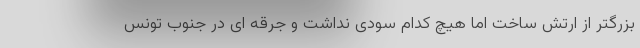
بزرگتر از ارتش ساخت اما هیچ کدام سودی نداشت و جرقه ای در جنوب تونس